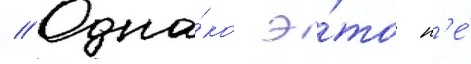
// Одна́ко э́то н'е́